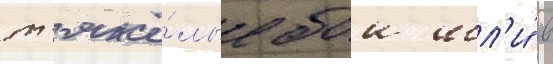
т'яжё́лые бои шл'и́ в